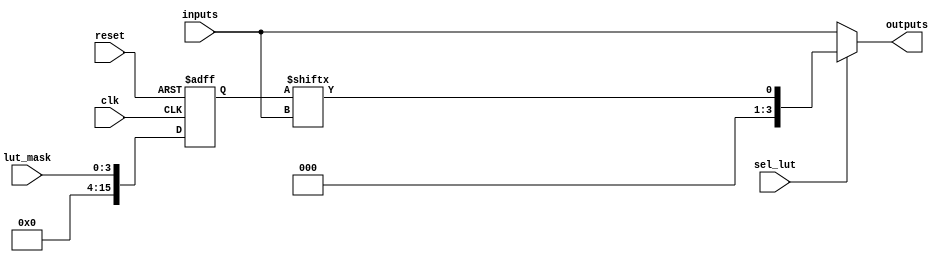
module CLB (
    input  wire        clk,          // Global clock
    input  wire        reset,        // Global reset
    input  wire [3:0] inputs,       // Input lines (4-bit)
    input  wire [3:0] lut_mask,     // LUT configuration mask for 4-input LUT
    input  wire        sel_lut,      // Select between LUT output and direct input
    output reg  [3:0] outputs        // Output lines (4-bit)
);

// LUT Configuration
reg [15:0] lut [0:1]; // 2 LUTs with 4-inputs (16 possible values each)

// Each LUT can be programmed via a mask
always @(posedge clk or posedge reset) begin
    if (reset) begin
        // Initialize LUTs with example truth tables
        lut[0] <= 16'b0000000000000000; // Example: all outputs zero
        lut[1] <= 16'b0000000000000001; // Example: simple function with one active output
    end else begin
        // Update the LUT configuration based on the mask
        lut[0] <= lut_mask; // Example for programming LUT 0
        lut[1] <= lut_mask; // Example for programming LUT 1
    end
end

// Combinational Logic Functionality
wire [3:0] lut_out_0, lut_out_1;

// Implementing the LUT functionality
assign lut_out_0 = lut[0][{inputs[3], inputs[2], inputs[1], inputs[0]}];
assign lut_out_1 = lut[1][{inputs[3], inputs[2], inputs[1], inputs[0]}];

// Output MUX for selectivity
always @(*) begin
    if (sel_lut) begin
        outputs = lut_out_0; // Output from LUT 0
    end else begin
        outputs = inputs;    // Direct input to output
    end
end

// Feedback Mechanism (optional)
reg feedback_reg;

always @(posedge clk) begin
    feedback_reg <= outputs[0]; // Simple feedback from output 0
end

endmodule